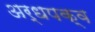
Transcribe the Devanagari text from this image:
अर्धपक्व